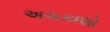
અચકાશો